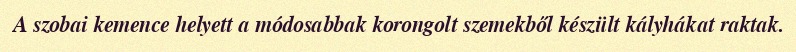
A szobai kemence helyett a módosabbak korongolt szemekből készült kályhákat raktak.